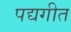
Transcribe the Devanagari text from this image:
पद्यगीत